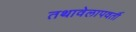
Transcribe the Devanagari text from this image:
तथावेलापवर्ती